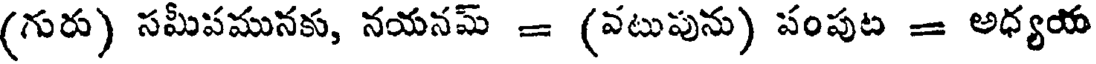
(గురు) సమీపమునకు, నయనమ్ = (వటుపును) పంపుట = అధ్యయ